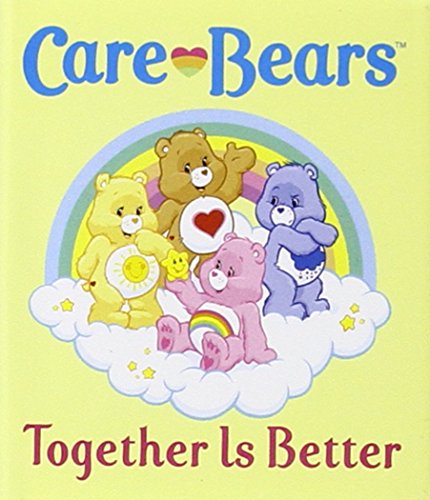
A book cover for Care Bears: Together Is Better (Care Bears (Running Press)); Self-Help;